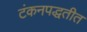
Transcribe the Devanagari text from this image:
टंकनपद्धतीत